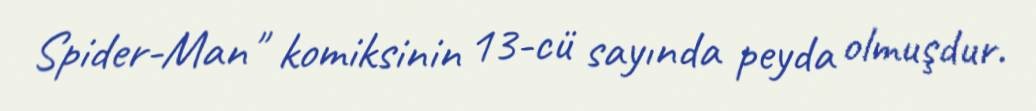
Spider-Man" komiksinin 13-cü sayında peyda olmuşdur.